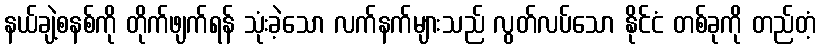
နယ်ချဲ့စနစ်ကို တိုက်ဖျက်ရန် သုံးခဲ့သော လက်နက်များသည် လွတ်လပ်သော နိုင်ငံ တစ်ခုကို တည်တံ့